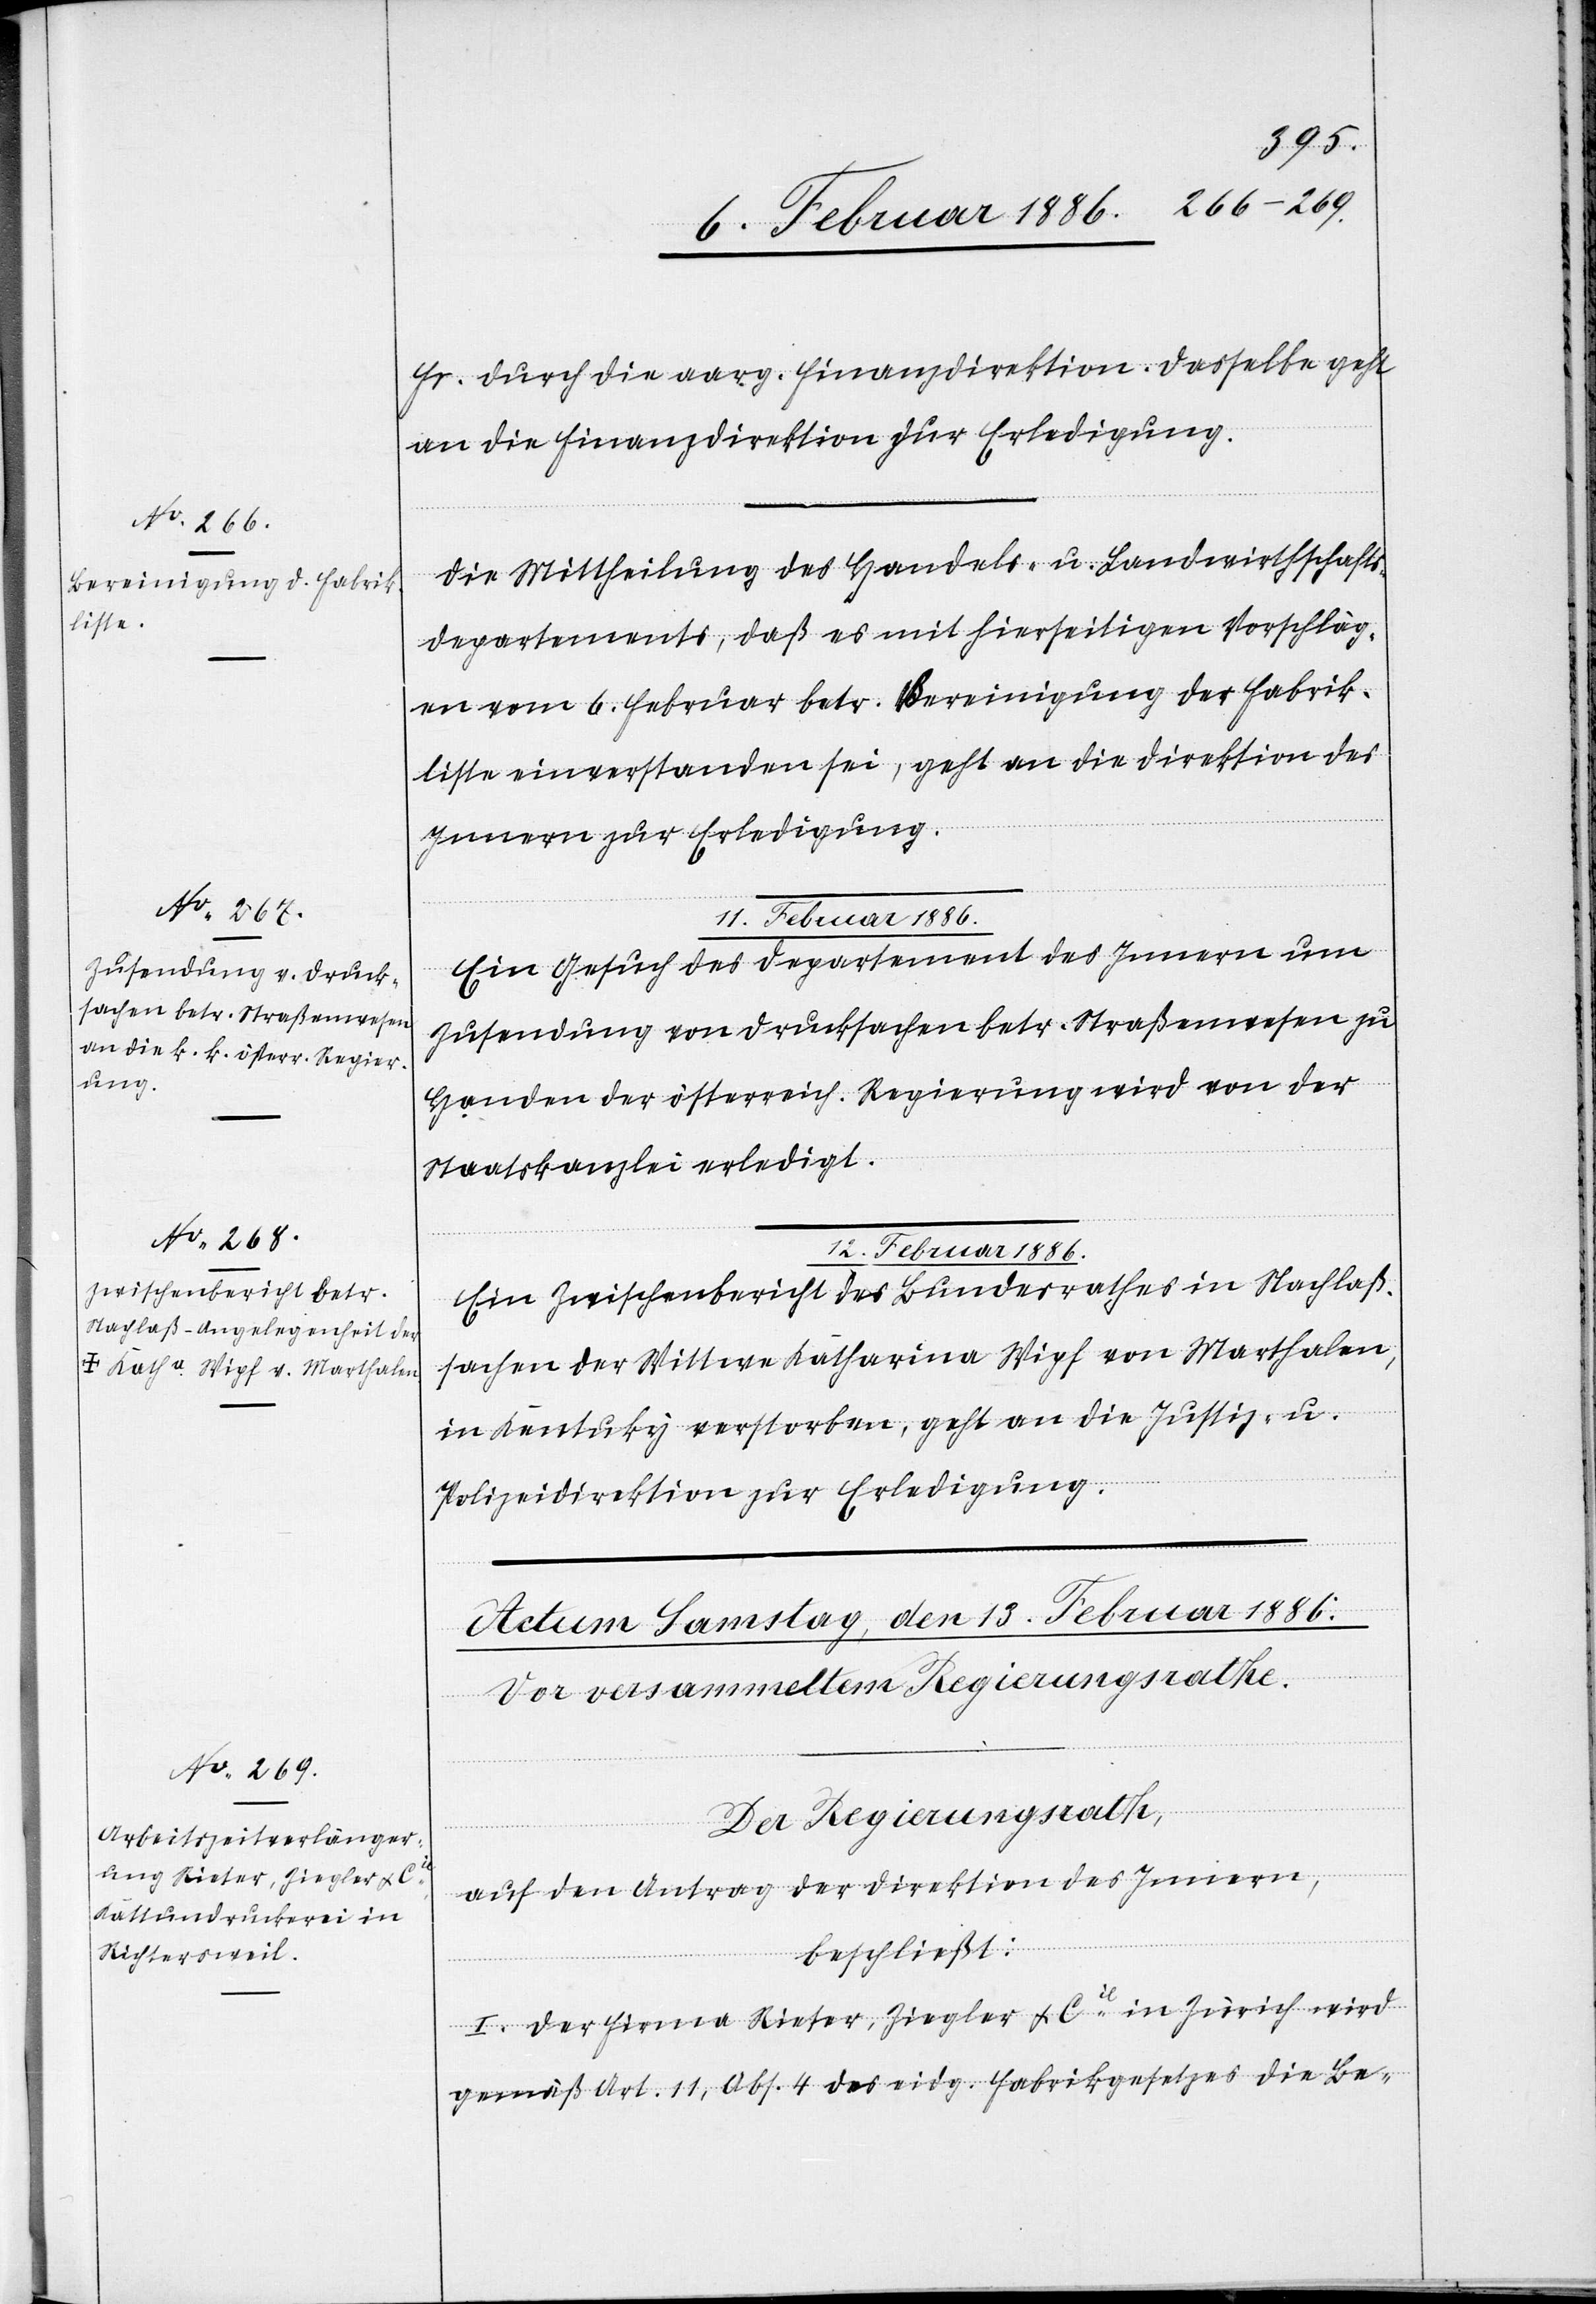
1886.
Fr. durch die aarg. Finanzdirektion. Dasselbe geht
an die Finanzdirektion zur Erledigung.
Die Mittheilung des Handels- u. Landwirtschaft¬
s-Departements, daß es mit hierseitigen Vorschläg¬
en vom 6. Februar betr. Bereinigung der Fabrik¬
listen einverstanden sei, geht an die Direktion des
Innern zur Erledigung.
12. Februar
Ein Gesuch des Departements des Innern um
Zusendung von Drucksachen betr. Straßenwesen zu
Handen der österreich. Regierung wird von der
Staatskanzlei erledigt.
Ein Zwischenbericht des Bundesrathes in Nachlaß¬
sachen der Wittwe Katharina Wipf von Marthalen,
in Kentuky verstorben, geht an die Justiz- u.
Polizeidirektion zur Erledigung.
Der Regierungsrath,
auf den Antrag der Direktion des Innern,
beschließt:
I. Der Firma Rieser, Ziegler & Cie in Zürich wird
gemäß Art. 11, Abs. 4 des eidg. Fabrikgesetzes die Be-